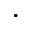
\cdot